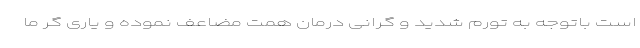
است باتوجه به تورم شدید و گرانی درمان همت مضاعف نموده و یاری گر ما